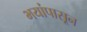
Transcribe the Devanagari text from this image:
भयांपासून